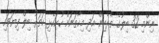
ނިންމި 32 ބިލުގެ ތެރެއިން އަދި މިހާތަނަށް ހުށަހެޅި ހަތަރު ބިލް ފިޔަވައި